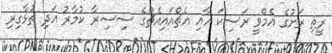
ރީތި ރަށުގެ އެމްވީ ރަސިކަ އާއި އެޗްއައިއެޗްގެ ސިސިރާ ކުމާރު އަދި ތުޅާގިރި